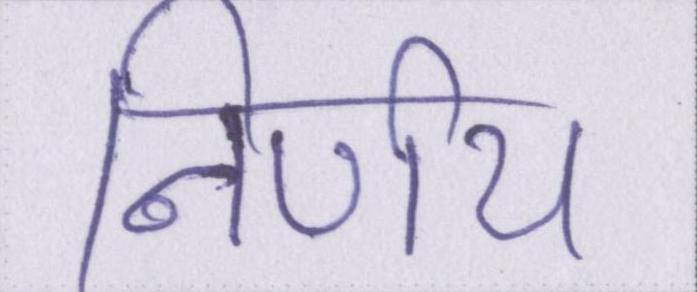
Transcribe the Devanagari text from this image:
निर्णय